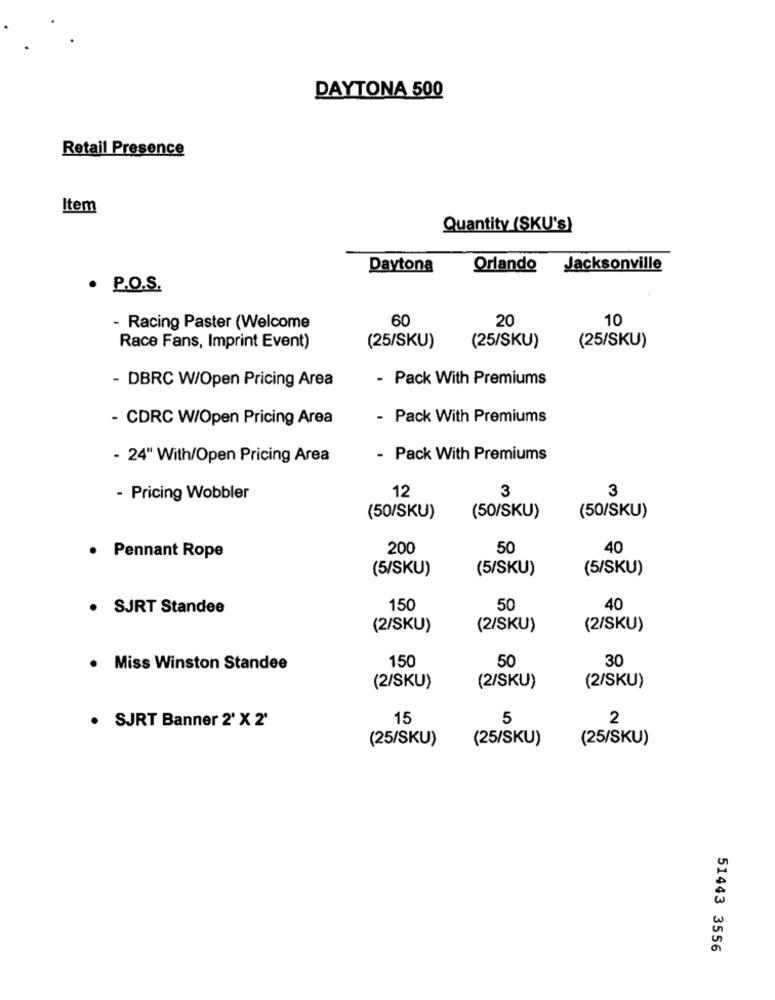
DAYTONA 500
Retail Presence
Item
Quantity (SKU's)
Daytona
Orlando Jacksonville
. P.O.S.
60
20
10
- Racing Paster (Welcome
Race Fans, Imprint Event)
(25/SKU)
(25/SKU)
(25/SKU)
- DBRC W/Open Pricing Area
- Pack With Premiums
- CDRC W/Open Pricing Area
- Pack With Premiums
- 24" With/Open Pricing Area
- Pack With Premiums
3
3
- Pricing Wobbler
12
(50/SKU)
(50/SKU)
(50/SKU)
200
50
40
· Pennant Rope
(5/SKU)
(5/SKU)
(5/SKU)
· SJRT Standee
150
50
40
(2/SKU)
(2/SKU)
(2/SKU)
150
50
30
. Miss Winston Standee
(2/SKU)
(2/SKU)
(2/SKU)
· SJRT Banner 2' X 2'
15
5
2
(25/SKU)
(25/SKU)
(25/SKU)
51443 3556